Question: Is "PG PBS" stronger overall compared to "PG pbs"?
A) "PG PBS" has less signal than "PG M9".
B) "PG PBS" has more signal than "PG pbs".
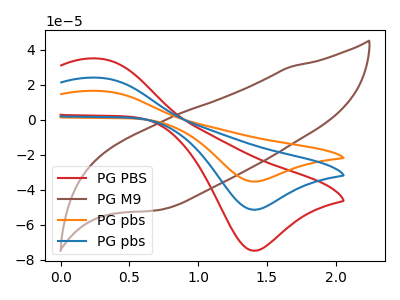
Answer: <think>The red curve "PG PBS" has an anodic peak at (0.30V, 35.05uA) and a cathodic peak at (1.40V, -74.95uA). The brown curve "PG M9" has no peaks. The orange curve "PG pbs" has an anodic peak at (0.30V, 48.15uA) and a cathodic peak at (1.40V, -103.00uA). The blue curve "PG pbs" has an anodic peak at (0.30V, 24.05uA) and a cathodic peak at (1.40V, -51.50uA).
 All the peaks in "PG PBS" have a peak in "PG pbs" at the same potential. Every peak in "PG PBS" is higher than every peak in "PG pbs".</think>
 <answer>B) "PG PBS" has more signal than "PG pbs".</answer>
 <eval>B</eval>